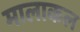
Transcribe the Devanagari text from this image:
मालाकल